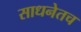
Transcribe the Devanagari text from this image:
साधनेतच